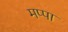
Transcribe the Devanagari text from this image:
मप्पा